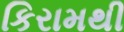
કિરામથી